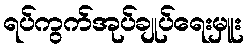
ရပ်ကွက်အုပ်ချုပ်ရေးမှူး